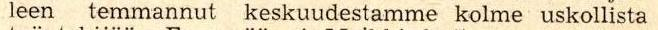
leen temmannut keskuudestamme kolme uskollista